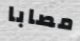
مصابا